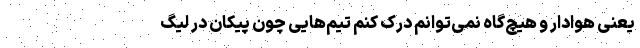
یعنی هوادار و هیچ‌گاه نمی‌توانم درک کنم تیم‌هایی چون پیکان در لیگ